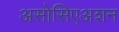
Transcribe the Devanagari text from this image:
असोसिएअशन